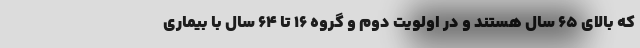
که بالای ۶۵ سال هستند و در اولویت دوم و گروه ١۶ تا ۶۴ سال با بیماری